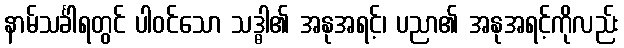
နာမ်သင်္ခါရတွင် ပါဝင်သော သဒ္ဓါ၏ အနုအရင့်၊ ပညာ၏ အနုအရင့်ကိုလည်း